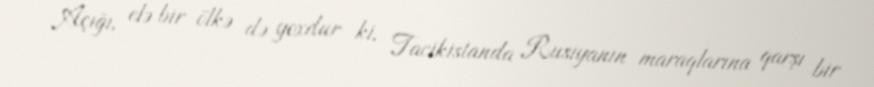
Açığı, elə bir ölkə də yoxdur ki, Tacikistanda Rusiyanın maraqlarına qarşı bir